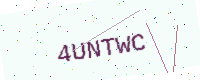
Text: 4UNTWC